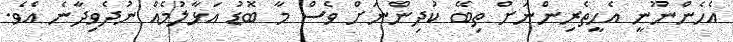
އެހެންނޫނީ އެހީތެރިންނަށް ތިބޭ ކުދިންނަށް ވެސް މާ ބޮޑު އަޅާލުމެއް ނުދެވިދާނެ އެވެ.